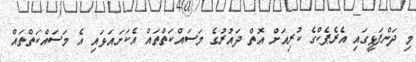
މި ދަންފަޅީގައި އެރެޕެކްގެ ކުރިއަށް އޮތް ދައުރުގެ މަސައްކަތްތައް އެކަށައަޅައި އެ މަސައްކަތްތައް